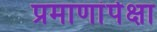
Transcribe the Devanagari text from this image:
प्रमाणांपेक्षा